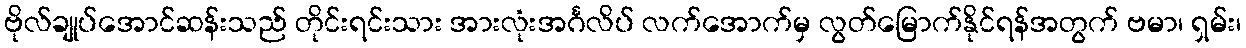
ဗိုလ်ချုပ်အောင်ဆန်းသည် တိုင်းရင်းသား အားလုံးအင်္ဂလိပ် လက်အောက်မှ လွတ်မြောက်နိုင်ရန်အတွက် ဗမာ၊ ရှမ်း၊